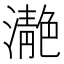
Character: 濪